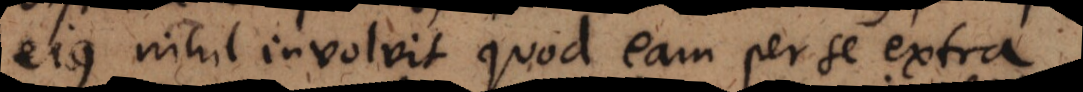
ejus nihil involvit quod eam per se extra